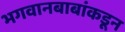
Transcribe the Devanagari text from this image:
भगवानबाबांकडून